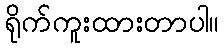
ရိုက်ကူးထားတာပါ။